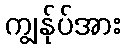
ကျွန်ုပ်အား